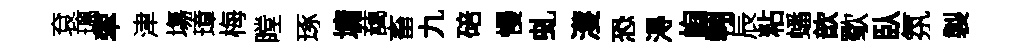
袞璃翠津塲璋梅瞠琢墉藹畜九碚慢虬濩恐淂峋翱辰粘蟠歆歜臥氛製